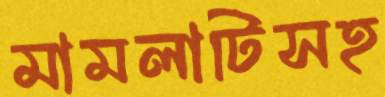
মামলাটিসহ